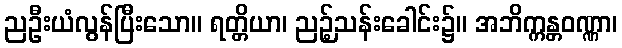
ညဦးယံလွန်ပြီးသော။ ရတ္တိယာ၊ ညဉ့်သန်းခေါင်း၌။ အဘိက္ကန္တဝဏ္ဏာ၊